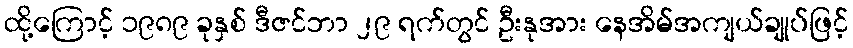
ထို့ကြောင့် ၁၉၈၉ ခုနှစ် ဒီဇင်ဘာ ၂၉ ရက်တွင် ဦးနုအား နေအိမ်အကျယ်ချုပ်ဖြင့်